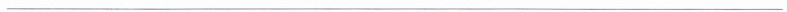
___